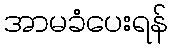
အာမခံပေးရန်